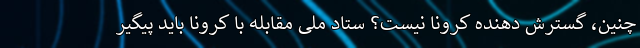
چنین، گسترش دهنده کرونا نیست؟ ستاد ملی مقابله با کرونا باید پیگیر